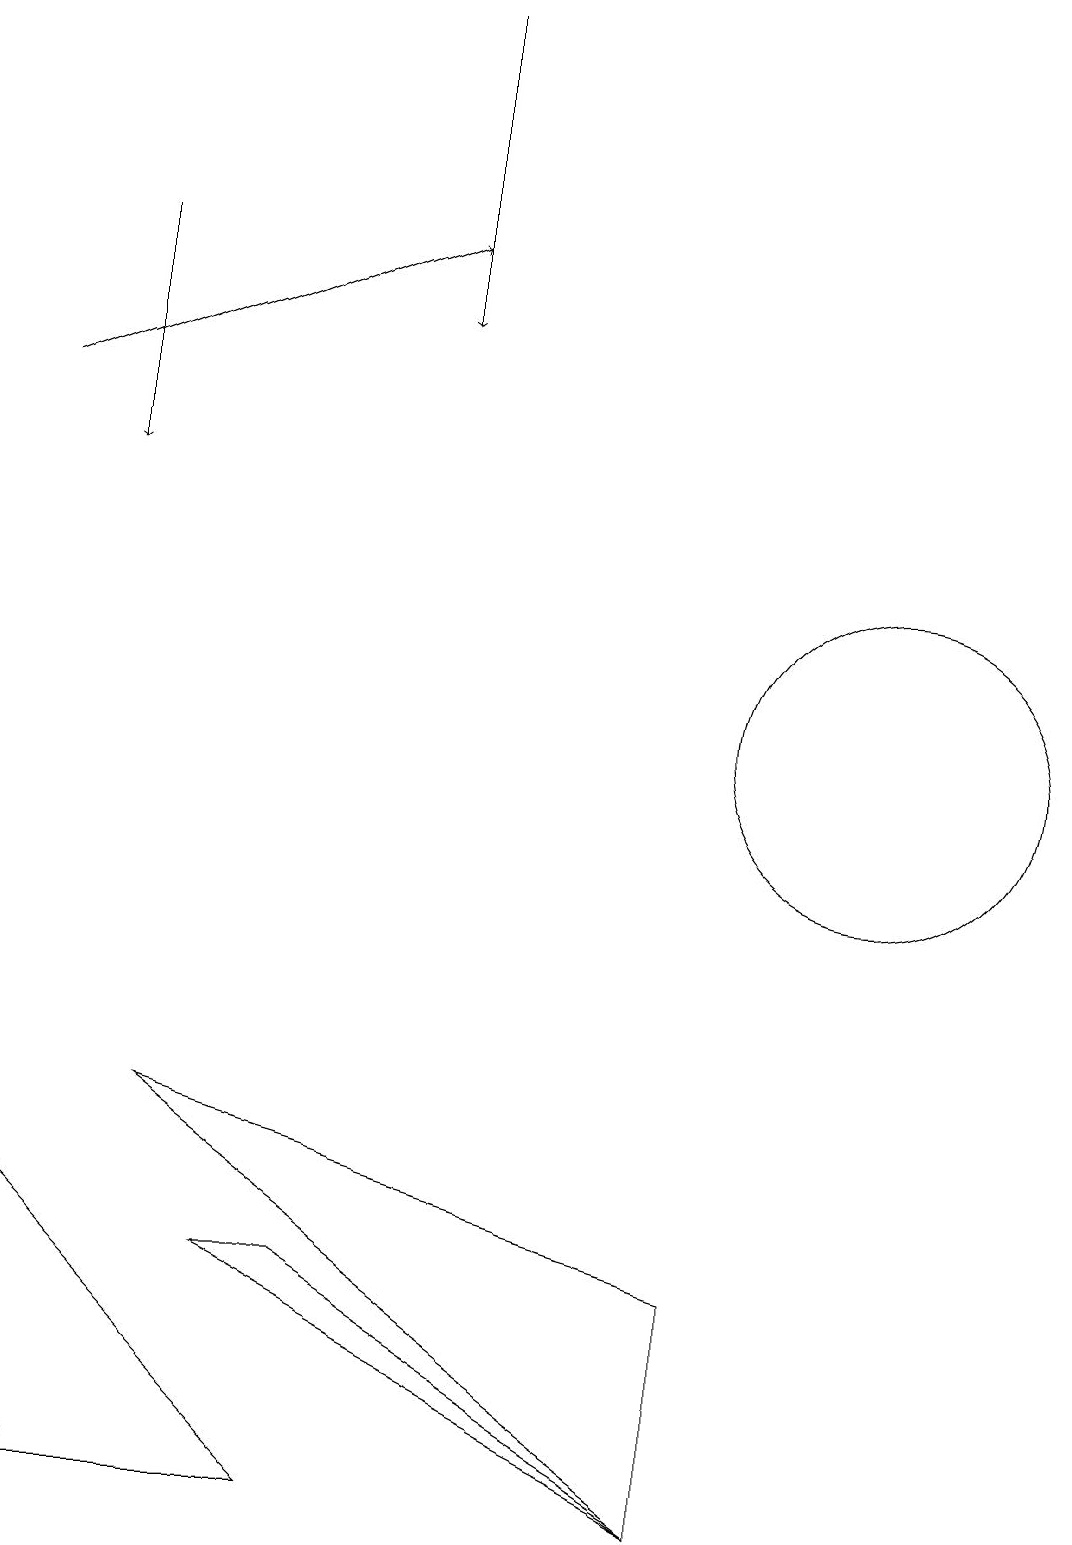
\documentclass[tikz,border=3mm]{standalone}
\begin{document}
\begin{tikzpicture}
\draw (4,3) -- (9,0) -- (3,3) -- cycle;
\draw (0,4) -- (1,0) -- (4,0) -- cycle;
\draw[->] (0,14) -- (5,16);
\draw[->] (1,16) -- (1,13);
\draw (9,0) -- (9,3) -- (2,5) -- cycle;
\draw[->] (5,19) -- (5,15);
\draw (11,10) circle (2);
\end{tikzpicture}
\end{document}